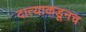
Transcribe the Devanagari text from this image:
दात्याकडूनच